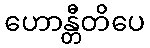
ဟောန္တီတိပေ